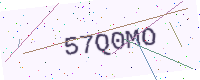
Text: 57Q0MO